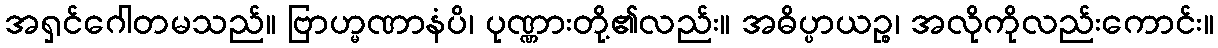
အရှင်ဂေါတမသည်။ ဗြာဟ္မဏာနံပိ၊ ပုဏ္ဏားတို့၏လည်း။ အဓိပ္ပာယဉ္စ၊ အလိုကိုလည်းကောင်း။